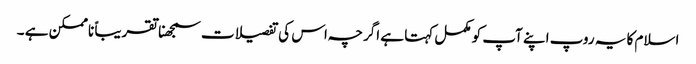
اسلام کا یہ روپ اپنے آپ کو مکمل کہتا ہے اگرچہ اس کی تفصیلات سمجھنا تقریباً ناممکن ہے ۔